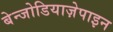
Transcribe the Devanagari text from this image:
बेन्जोडियाज़ेपाइन